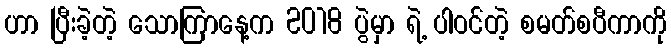
ဟာ ပြီးခဲ့တဲ့ သောကြာနေ့က 2018 ပွဲမှာ ရဲ့ ပါဝင်တဲ့ စမတ်စပီကာကို